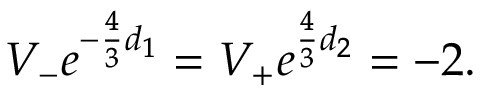
V _ { - } e ^ { - \frac { 4 } { 3 } d _ { 1 } } = V _ { + } e ^ { \frac { 4 } { 3 } d _ { 2 } } = - 2 .